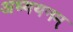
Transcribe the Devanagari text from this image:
अध्ययनम्